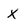
Character: X